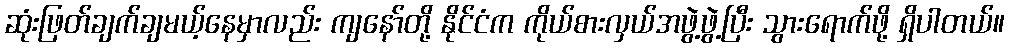
ဆုံးဖြတ်ချက်ချမယ့်နေမှာလည်း ကျနော်တို့ နိုင်ငံက ကိုယ်စားလှယ်အဖွဲ့ဖွဲ့ပြီး သွားရောက်ဖို့ ရှိပါတယ်။